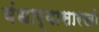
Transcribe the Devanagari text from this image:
बंधार्‍यासारखी